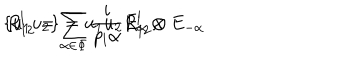
LaTeX: \{ u _ { 1 } u _ { 2 } \} = u _ { 1 } u _ { 2 } R _ { 1 2 } ^ { l } , \hspace { 0 . 8 c m } R _ { 1 2 } ^ { l } = \sum _ { \alpha \in \Phi } { \frac { i } { p _ { l } \alpha } } E _ { \alpha } \otimes E _ { - \alpha }